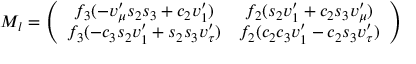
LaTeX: { \cal { M } } _ { l } = \left( \begin{array} { c c } { { f _ { 3 } ( - v _ { \mu } ^ { \prime } s _ { 2 } s _ { 3 } + c _ { 2 } v _ { 1 } ^ { \prime } ) } } & { { f _ { 2 } ( s _ { 2 } v _ { 1 } ^ { \prime } + c _ { 2 } s _ { 3 } v _ { \mu } ^ { \prime } ) } } \\ { { f _ { 3 } ( - c _ { 3 } s _ { 2 } v _ { 1 } ^ { \prime } + s _ { 2 } s _ { 3 } v _ { \tau } ^ { \prime } ) } } & { { f _ { 2 } ( c _ { 2 } c _ { 3 } v _ { 1 } ^ { \prime } - c _ { 2 } s _ { 3 } v _ { \tau } ^ { \prime } ) } } \end{array} \right)